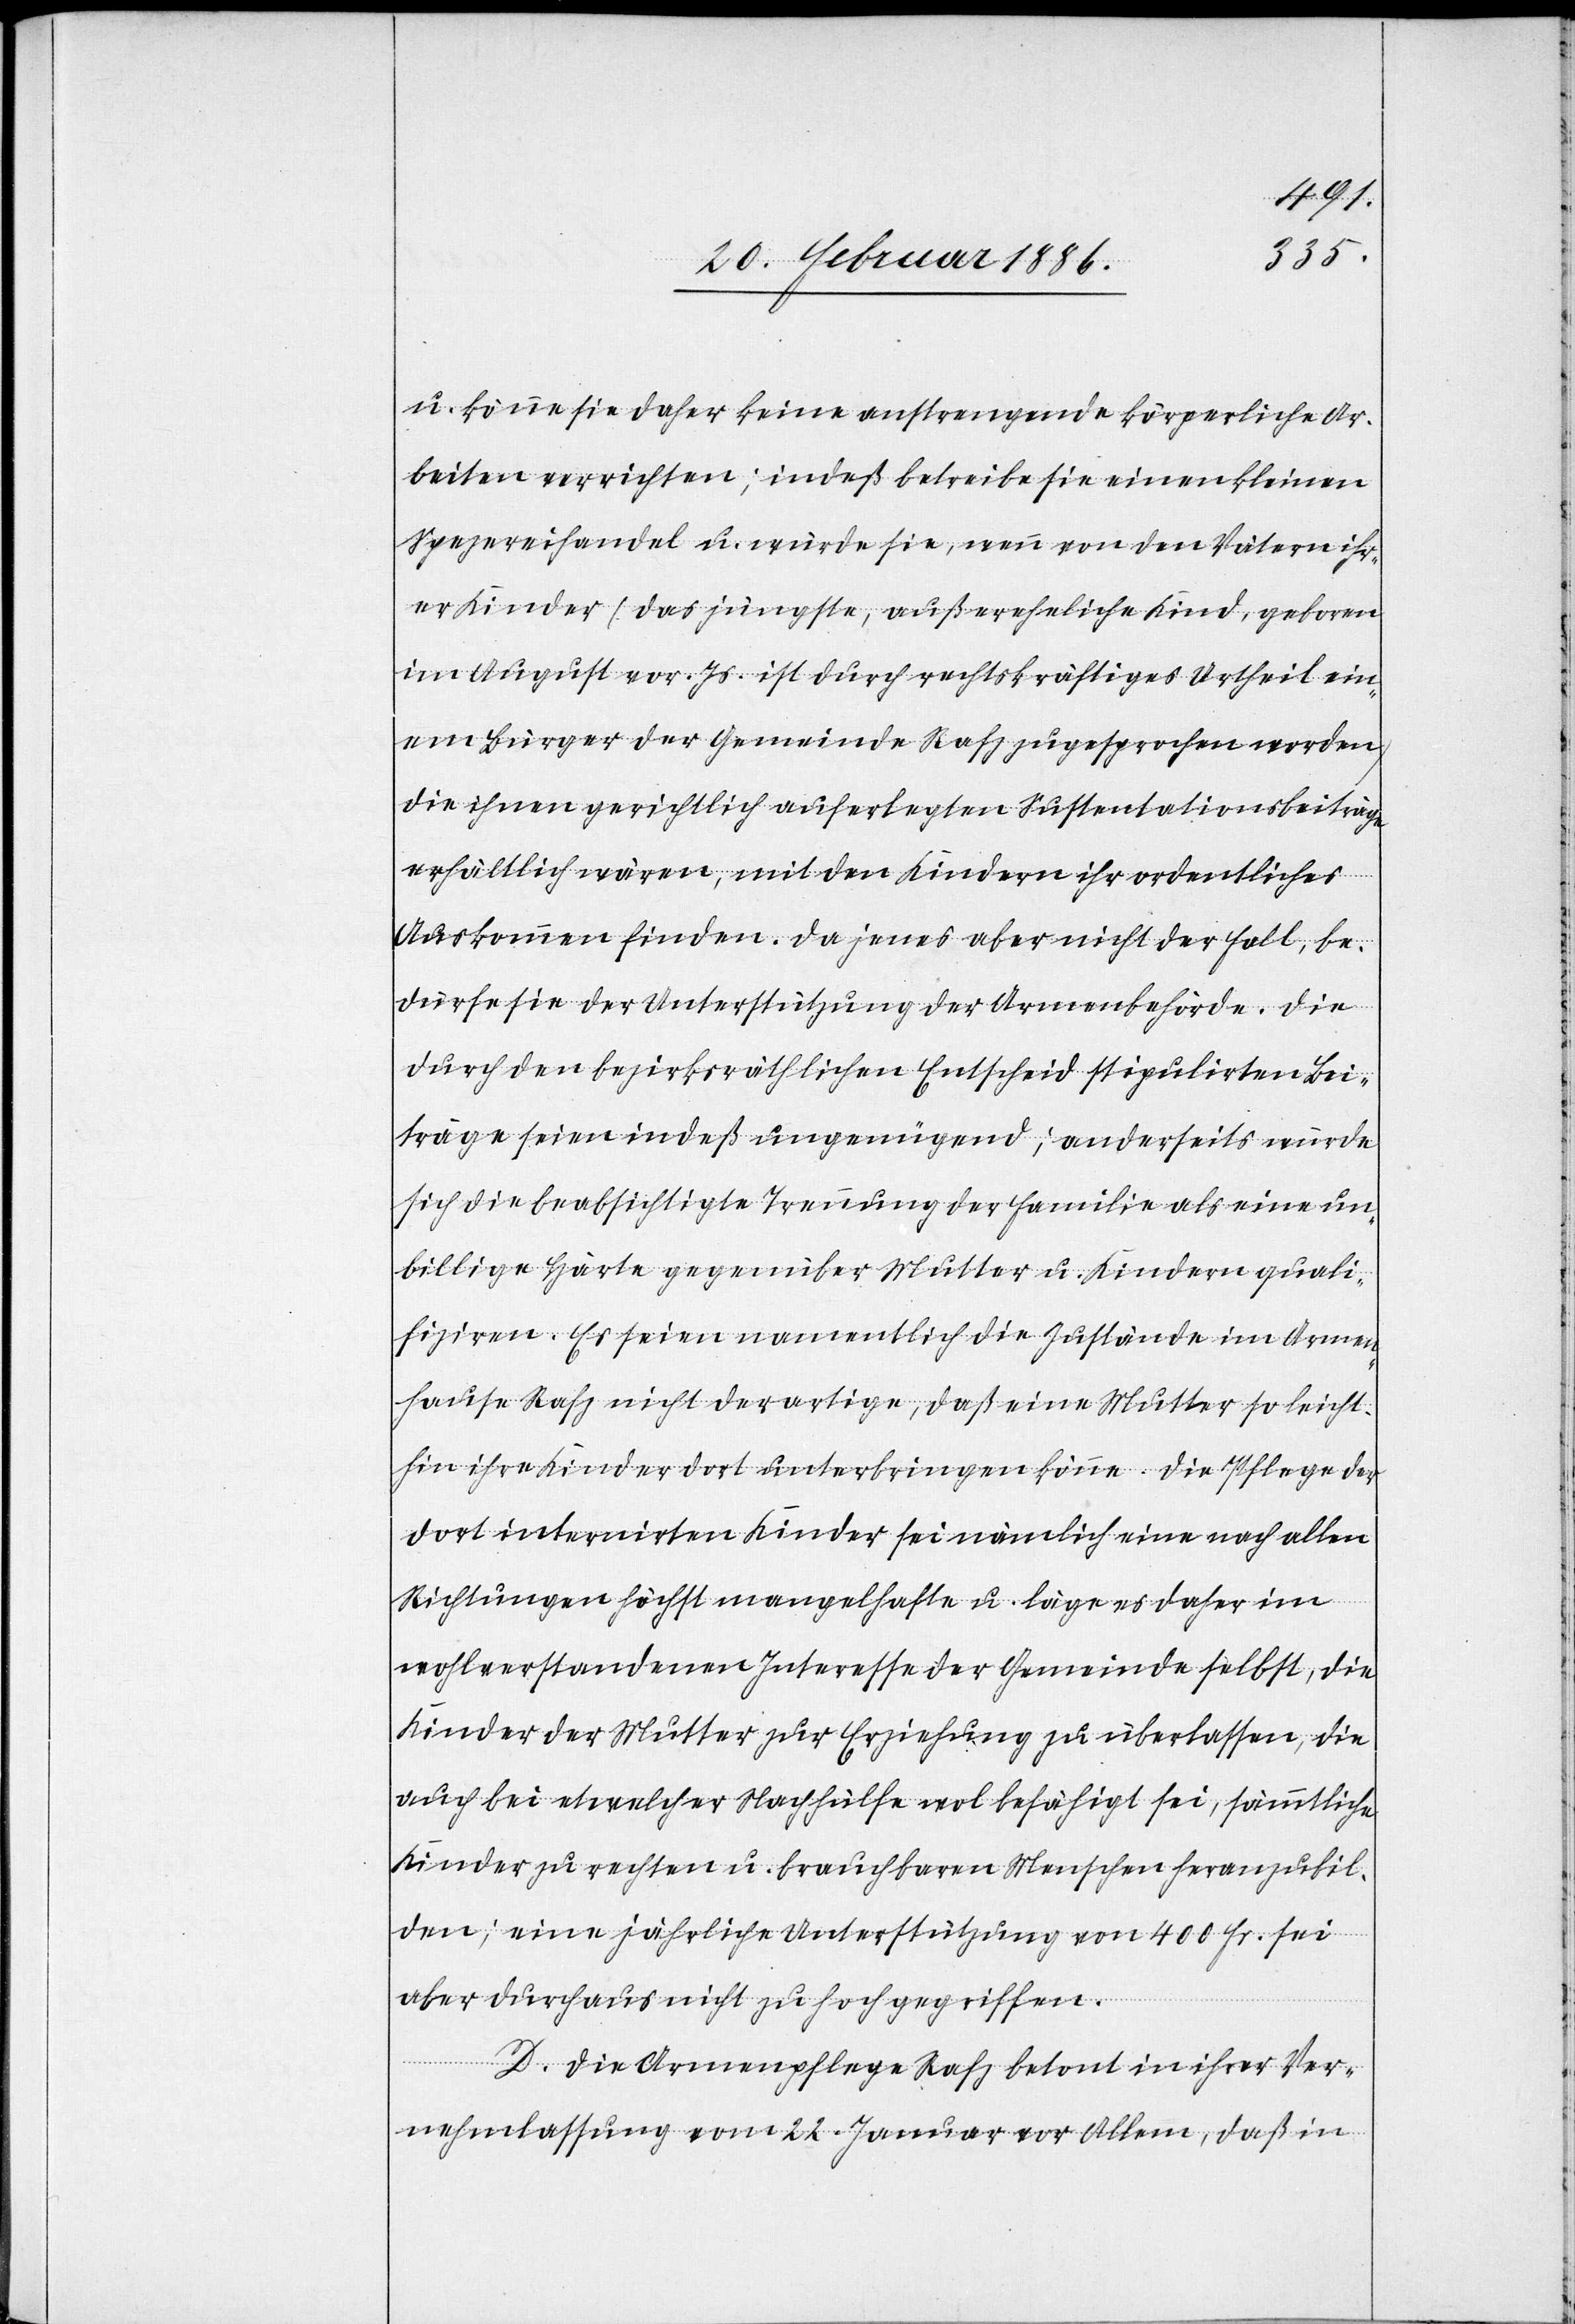
u. könne sie daher keine anstrengenden körperlichen Ar¬
beiten verrichten; indeß betreibe sie einen kleinen
Spezereihandel u. würde sie, wenn von den Vätern ihr¬
er Kinder (das jüngste, außereheliche Kind, geboren
im August vor. Js. ist durch rechtskräftiges Urtheil ein¬
em Bürger der Gemeinde Rafz zugesprochen worden)
die ihnen gerichtlich auferlegten Sustentationsbeiträge
haus
erhältlich wären, mit den Kindern ihr ordentliches
Auskommen finden. Da jenes aber nicht der Fall, be¬
dürfe sie der Unterstützung der Armenbehörde. Die
durch den bezirksräthlichen Entscheid stipulirten Bei¬
träge seien indeß ungenügend; anderseits würde
sich die beabsichtigte Trennung der Familie als eine un¬
billige Härte gegenüber Mutter u. Kinder quali¬
fiziren. Es seien namentlich die Zustände im Armen¬
hause Rafz nicht derartige, daß eine Mutter so leicht¬
hin ihre Kinder dort unterbringen könne. Die Pflege der
dort internirten Kinder sei nämlich eine nach allen
Richtungen höchst mangelhafte u. läge es daher im
wohlerstandenen Interesse der Gemeinde selbst, die
Kinder der Mutter zur Erziehung zu überlassen, die
auch bei etwelcher Nachhülfe wol befähigt sei, sämmtliche
Kinder zu rechten u. brauchbaren Menschen heranzubil¬
den; eine jährliche Unterstützung von 400 Fr. sei
D. Die Armenpflege Rafz betont in ihrer Ver¬
nehmlassung vom 22. Januar vor allem, daß in